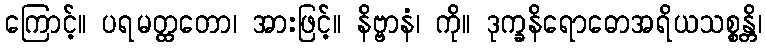
ကြောင့်။ ပရမတ္ထတော၊ အားဖြင့်။ နိဗ္ဗာနံ၊ ကို။ ဒုက္ခနိရောဓောအရိယသစ္စန္တိ၊